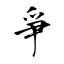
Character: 爭